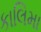
કાલિમા